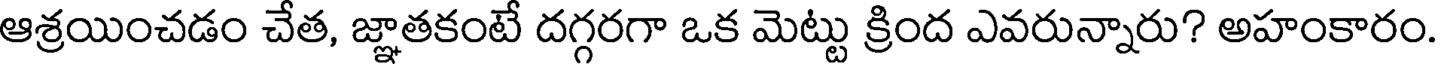
ఆశ్రయించడం చేత, జ్ఞాతకంటే దగ్గరగా ఒక మెట్టు క్రింద ఎవరున్నారు? అహంకారం